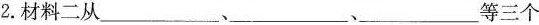
2.材料二从___、___、___等三个